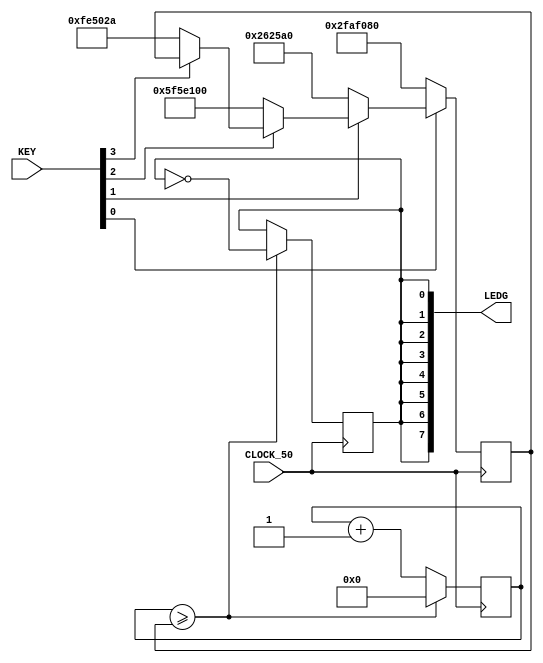
//Brbara, Anthony, Pmela

module blink(
    input CLOCK_50,
    input [3:0] KEY,
    output [7:0] LEDG
);
    reg [26:0] contador = 0;
    reg state = 1;
    
    assign LEDG[0] = state;
    assign LEDG[1] = state;
    assign LEDG[2] = state;
    assign LEDG[3] = state;
    assign LEDG[4] = state;
    assign LEDG[5] = state;
    assign LEDG[6] = state;
    assign LEDG[7] = state;
     
     reg [32:0] MAX = 50000000;

    always @(posedge CLOCK_50) begin
        
        if(~KEY[0])
            MAX <= 50000000;    
        else if(~KEY[1])
            MAX <= 2500000;
        else if(~KEY[2])
            MAX <= 100000000;
        else if(~KEY[3])
            MAX <= 16666666;
            
        if(contador >= MAX) begin
             state <= ~state;
             contador <= 0;
        end
        else
            contador <= contador + 1;
        
     end

endmodule